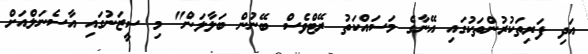
އަދި ފަރިތަކުރުންތަކުގައި އޭނާގެ މަސައްކަތު ރޭޓްވެސް ބޭނުން ބަލާލަން" މި ސީޒަނުގައި އާސެނަލްއަށް